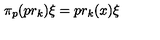
\pi _ { p } ( p r _ { k } ) \xi = p r _ { k } ( x ) \xi